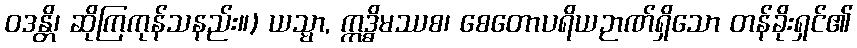
ဝဒန္တိ၊ ဆိုကြကုန်သနည်း။) ယသ္မာ, ဣဒ္ဓိမဿစ၊ စေတောပရိယဉာဏ်ရှိသော တန်ခိုးရှင်၏